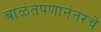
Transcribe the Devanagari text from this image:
बाळंतपणानंतरचे